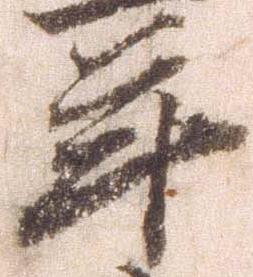
年